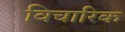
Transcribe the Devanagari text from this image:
विचारिक